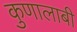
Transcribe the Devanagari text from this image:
कुणालाबी